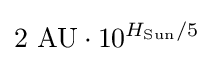
2{\text{ AU}}\cdot 10^{H_{\text{Sun}}/5}